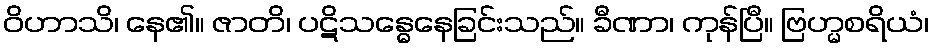
ဝိဟာသိ၊ နေ၏။ ဇာတိ၊ ပဋိသန္ဓေနေခြင်းသည်။ ခီဏာ၊ ကုန်ပြီ။ ဗြဟ္မစရိယံ၊